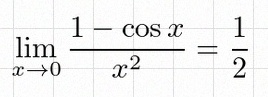
\lim_{x\to0}\frac{1-\cos x}{x^2}=\frac12